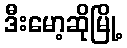
ဒီးမော့ဆိုမြို့